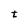
Character: t